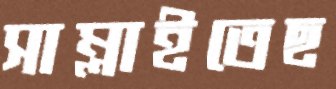
সাম্‌লাইতেছ